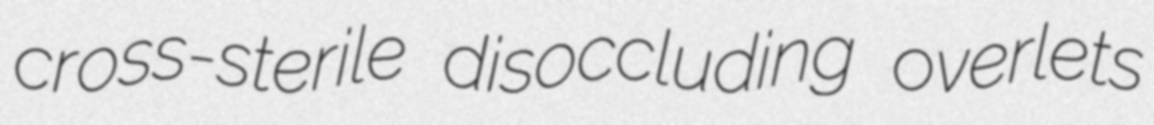
cross-sterile disoccluding overlets